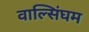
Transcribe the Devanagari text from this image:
वाल्सिंघम